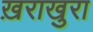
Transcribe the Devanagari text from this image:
ख़राखुरा